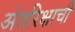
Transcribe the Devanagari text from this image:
अंतरिक्षाची